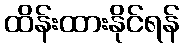
ထိန်းထားနိုင်ရန်